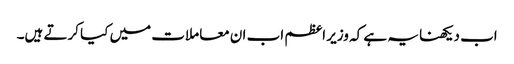
اب دیکھنا یہ ہے کہ وزیر اعظم اب ان معاملات میں کیا کرتے ہیں۔